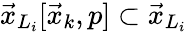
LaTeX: \vec{x}_{L_{i}}[\vec{x}_{k},p]\subset\vec{x}_{L_{i}}